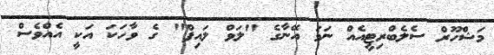
މަޝްހޫރް ސެލެބްރިޓީއެއް ނަމަ އޭނާގެ "ލަވް ލައިފް" ގެ ވާހަކަ އަކީ އެއްވެސް